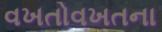
વખતોવખતના